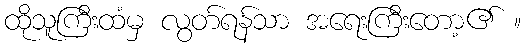
ထိုသူကြီးထံမှ လွတ်ရန်သာ အရေးကြီးတော့၏ ။